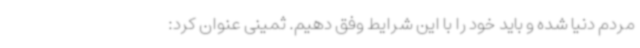
مردم دنیا شده و باید خود را با این شرایط وفق دهیم. ثمینی عنوان کرد: